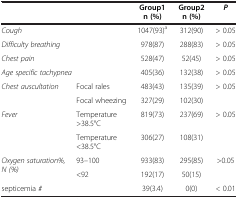
| <COLSPAN=2>  | Group1 n (%) | Group2 n (%) | P |
 | --- | --- | --- | --- | --- |
 | <COLSPAN=2> Cough | 1047(93)a | 312(90) | > 0.05 |
 | <COLSPAN=2> Difficulty breathing | 978(87) | 288(83) | > 0.05 |
 | <COLSPAN=2> Chest pain | 528(47) | 52(45) | > 0.05 |
 | <COLSPAN=2> Age specific tachypnea | 405(36) | 132(38) | > 0.05 |
 | Chest auscultation | Focal rales | 483(43) | 135(39) | > 0.05 |
 |  | Focal wheezing | 327(29) | 102(30) |  |
 | Fever | Temperature >38.5°C | 819(73) | 237(69) | > 0.05 |
 |  | Temperature <38.5°C | 306(27) | 108(31) |  |
 | Oxygen saturation%, N (%) | 93–100 | 933(83) | 295(85) | >0.05 |
 |  | <92 | 192(17) | 50(15) |  |
 | <COLSPAN=2> septicemia # | 39(3.4) | 0(0) | < 0.01 |